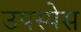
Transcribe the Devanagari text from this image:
उपस्पेस